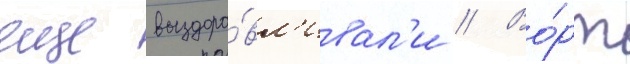
еще выздора́вл'ивал'и // Во́рт